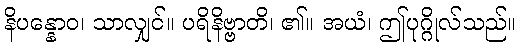
နိပန္နောဝ၊ သာလျှင်။ ပရိနိဗ္ဗာတိ၊ ၏။ အယံ၊ ဤပုဂ္ဂိုလ်သည်။